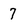
Character: 7